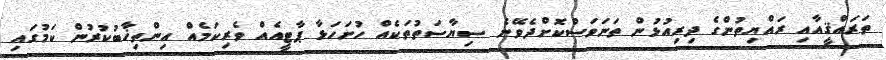
ތަރައްޤީއާއި ރައްޔިތުންގެ ދިރިއުޅުން ތަނަވަސްކޮށްދެވޭނެ ސިޔާސަތުތަކެއް ހުށަހަޅާ ޕާޓީއެއް ވެރިކަމެއް އިންތިޚާބުކުރުން ކަމުގައި